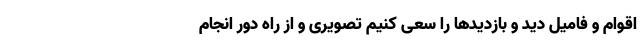
اقوام و فامیل دید و بازدیدها را سعی کنیم تصویری و از راه دور انجام